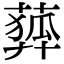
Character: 𦻨